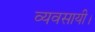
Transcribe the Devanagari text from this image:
व्यवसायी।